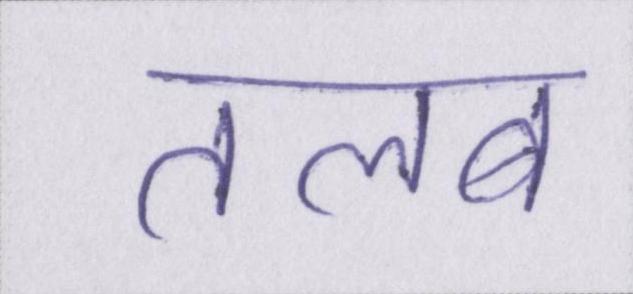
तलब